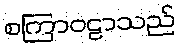
စကြာဝဠာသည်